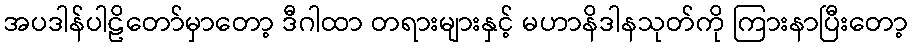
အပဒါန်ပါဠိတော်မှာတော့ ဒီဂါထာ တရားများနှင့် မဟာနိဒါနသုတ်ကို ကြားနာပြီးတော့